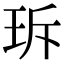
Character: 𤤐